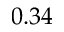
0 . 3 4